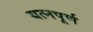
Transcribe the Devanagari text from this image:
यत्नपूर्ण